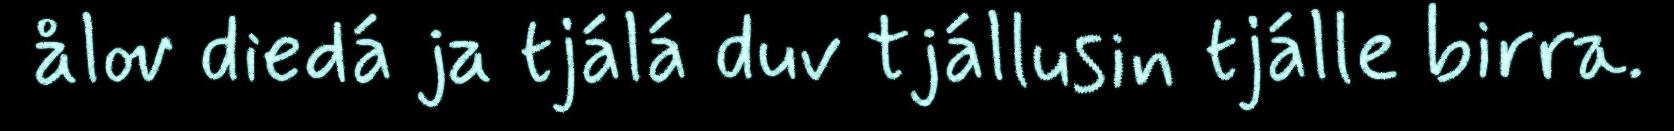
ålov diedá ja tjálá duv tjállusin tjálle birra.